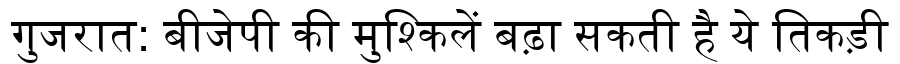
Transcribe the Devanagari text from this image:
गुजरात: बीजेपी की मुश्किलें बढ़ा सकती है ये तिकड़ी